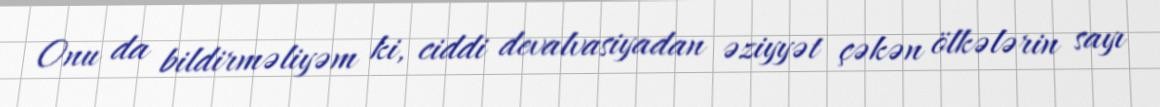
Onu da bildirməliyəm ki, ciddi devalvasiyadan əziyyət çəkən ölkələrin sayı